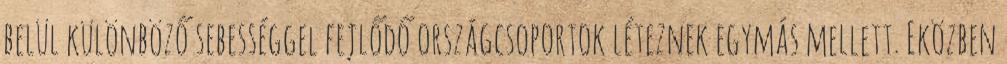
belül különböző sebességgel fejlődő országcsoportok léteznek egymás mellett. Eközben